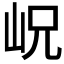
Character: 岲